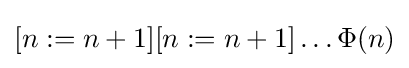
[n:=n+1][n:=n+1]\ldots \Phi (n)\,\!